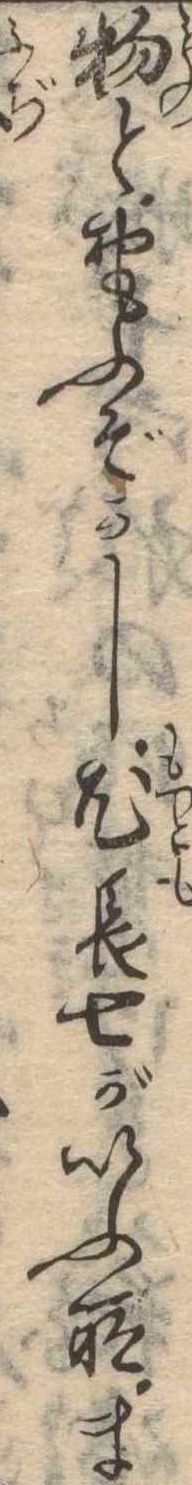
物とおもふぞかし尤長七がいふ所ま